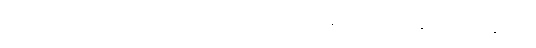
ဒီဟာကတော့ ခဲတံတွင် ကင်ညာတရုတ် ကျောင်းနေစဉ်ကပင် ပျံနိုင်သည့်အဆင့်သို့